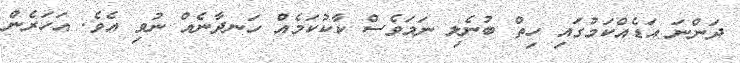
ދަންނަ އަޑެއްކަމުގައި ހިތް ބުނެލި ނަމަވެސް ކާކުކަމެއް ހަނދާނެއް ނުވި އެވެ. އަހަރެން